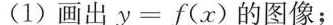
(1)画出y= f(x)的图像;